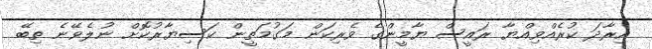
އިރާދަ ކުރެއްވިއްޔާ ރައީސް ޔާމީންގެ ވެރިކަން މަގުމަތީން ކަސިޔާރުކޮށް ނުލެވޭނެ ތިބޭ